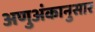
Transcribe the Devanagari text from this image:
अणुअंकानुसार